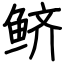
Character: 鲚